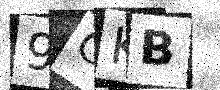
Text: 9GKB